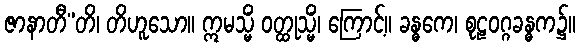
ဇာနာတီ”တိ၊ တိဟူသော။ ဣမသ္မိံ ဝတ္ထုသ္မိံ၊ ကြောင့်။ ခန္ဓကေ၊ စုဠဝဂ္ဂခန္ဓက၌။